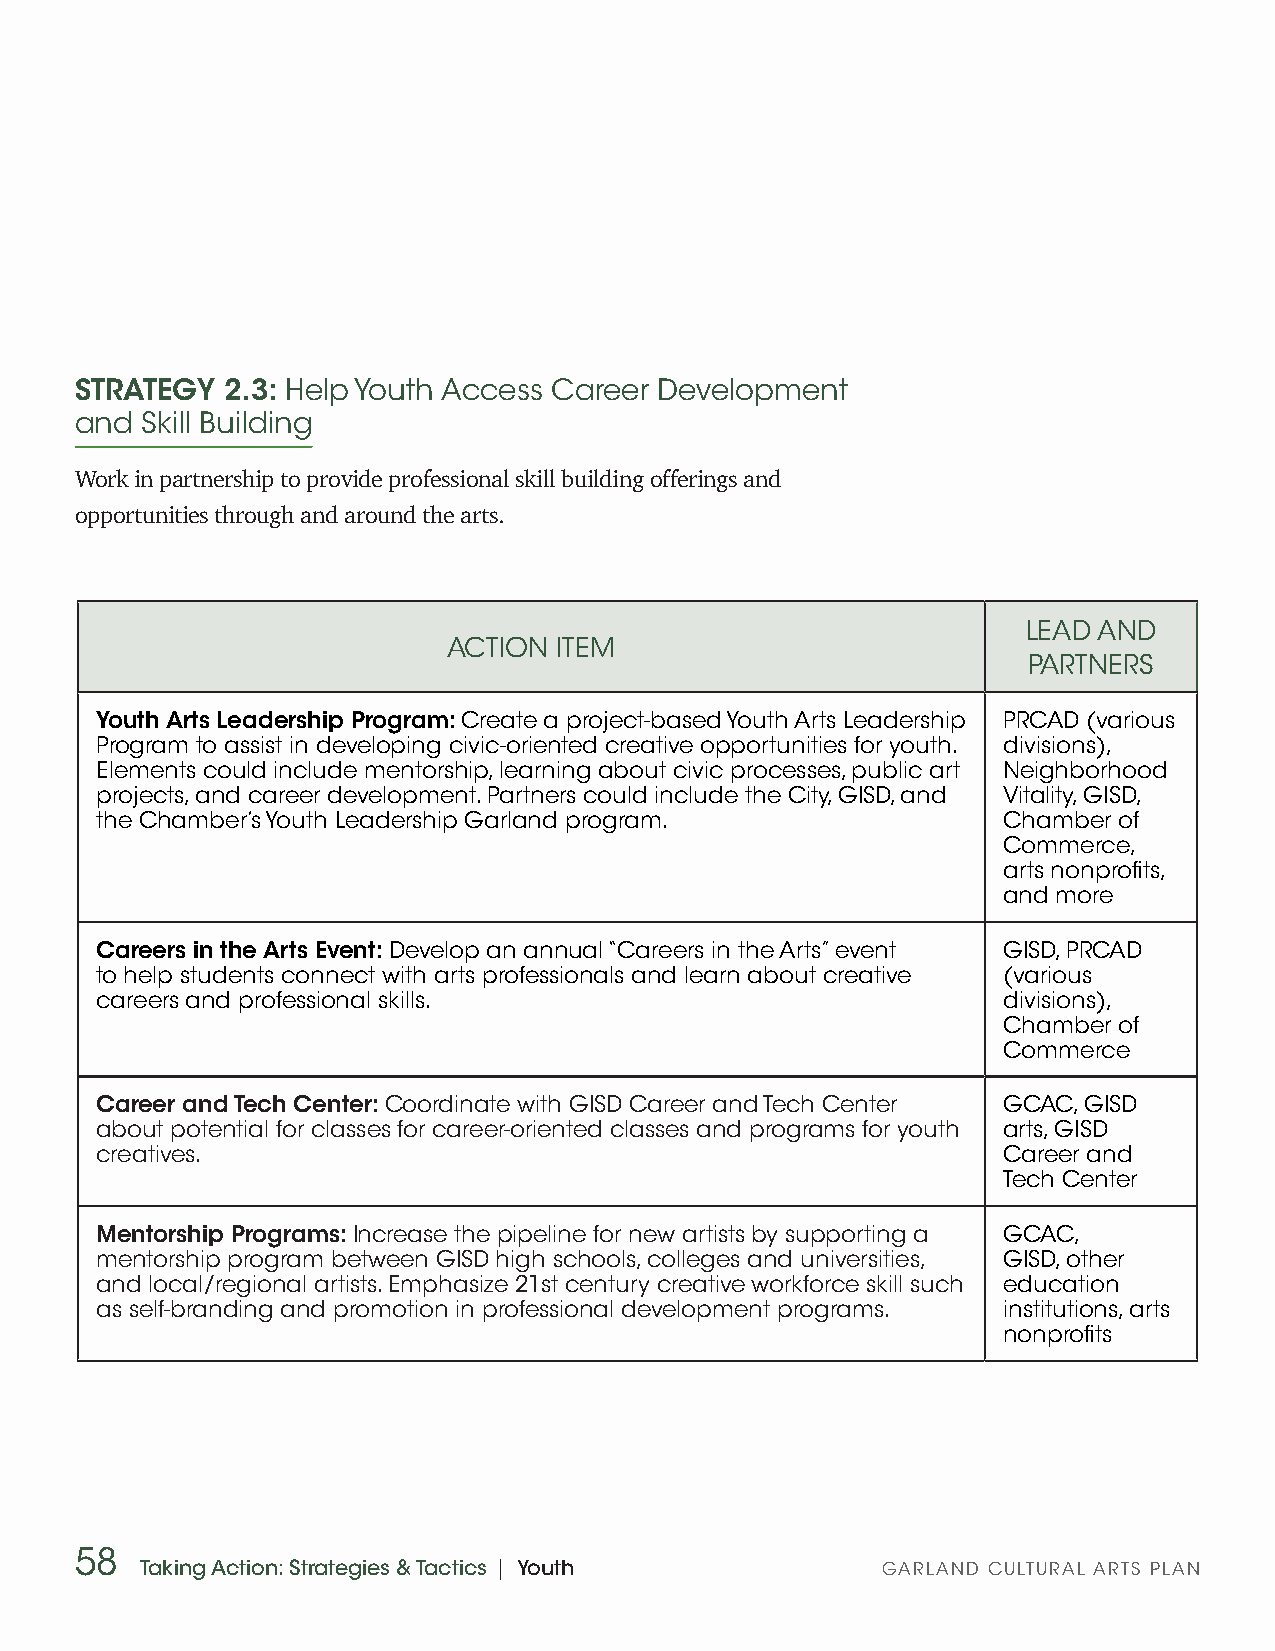
STRATEGY  2.3: Help Youth Access Career Development
 and Skill Building
 Work in partnership to provide professional skill building offerings and
 opportunities through and around the arts.
 LEAD AND
 ACTION ITEM
 PARTNERS
 Youth Arts Leadership Program: Create a project-based Youth Arts Leadership PRCAD (various
 Program to assist in developing civic-oriented creative opportunities for youth. divisions),
 Elements could include mentorship, learning about civic processes, public art Neighborhood
 projects, and career development. Partners could include the City, GISD, and Vitality, GISD,
 the Chamber’s Youth Leadership Garland program.             Chamber of
 Commerce,
 arts nonprofits,
 and more
 Careers in the Arts Event: Develop an annual “Careers in the Arts” event GISD, PRCAD
 to help students connect with arts professionals and learn about creative (various
 careers and professional skills.                            divisions),
 Chamber of
 Commerce
 Career and Tech Center: Coordinate with GISD Career and Tech Center GCAC, GISD
 about potential for classes for career-oriented classes and programs for youth arts, GISD
 creatives.                                                  Career and
 Tech Center
 Mentorship Programs: Increase the pipeline for new artists by supporting a GCAC,
 mentorship program between GISD high schools, colleges and universities, GISD, other
 and local/regional artists. Emphasize 21st century creative workforce skill such education
 as self-branding and promotion in professional development programs. institutions, arts
 nonprofits
 58
 Taking Action: Strategies & Tactics | Youth      GARLAND CULTURAL ARTS PLAN